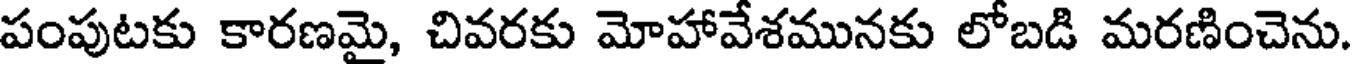
పంపుటకు కారణమై, చివరకు మోహావేశమునకు లోబడి మరణించెను